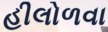
હીલોળવા